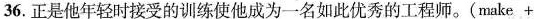
36.正是他年轻时接受的训练使他成为一名如此优秀的工程师.(make +